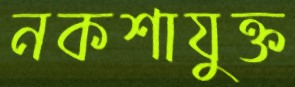
নকশাযুক্ত